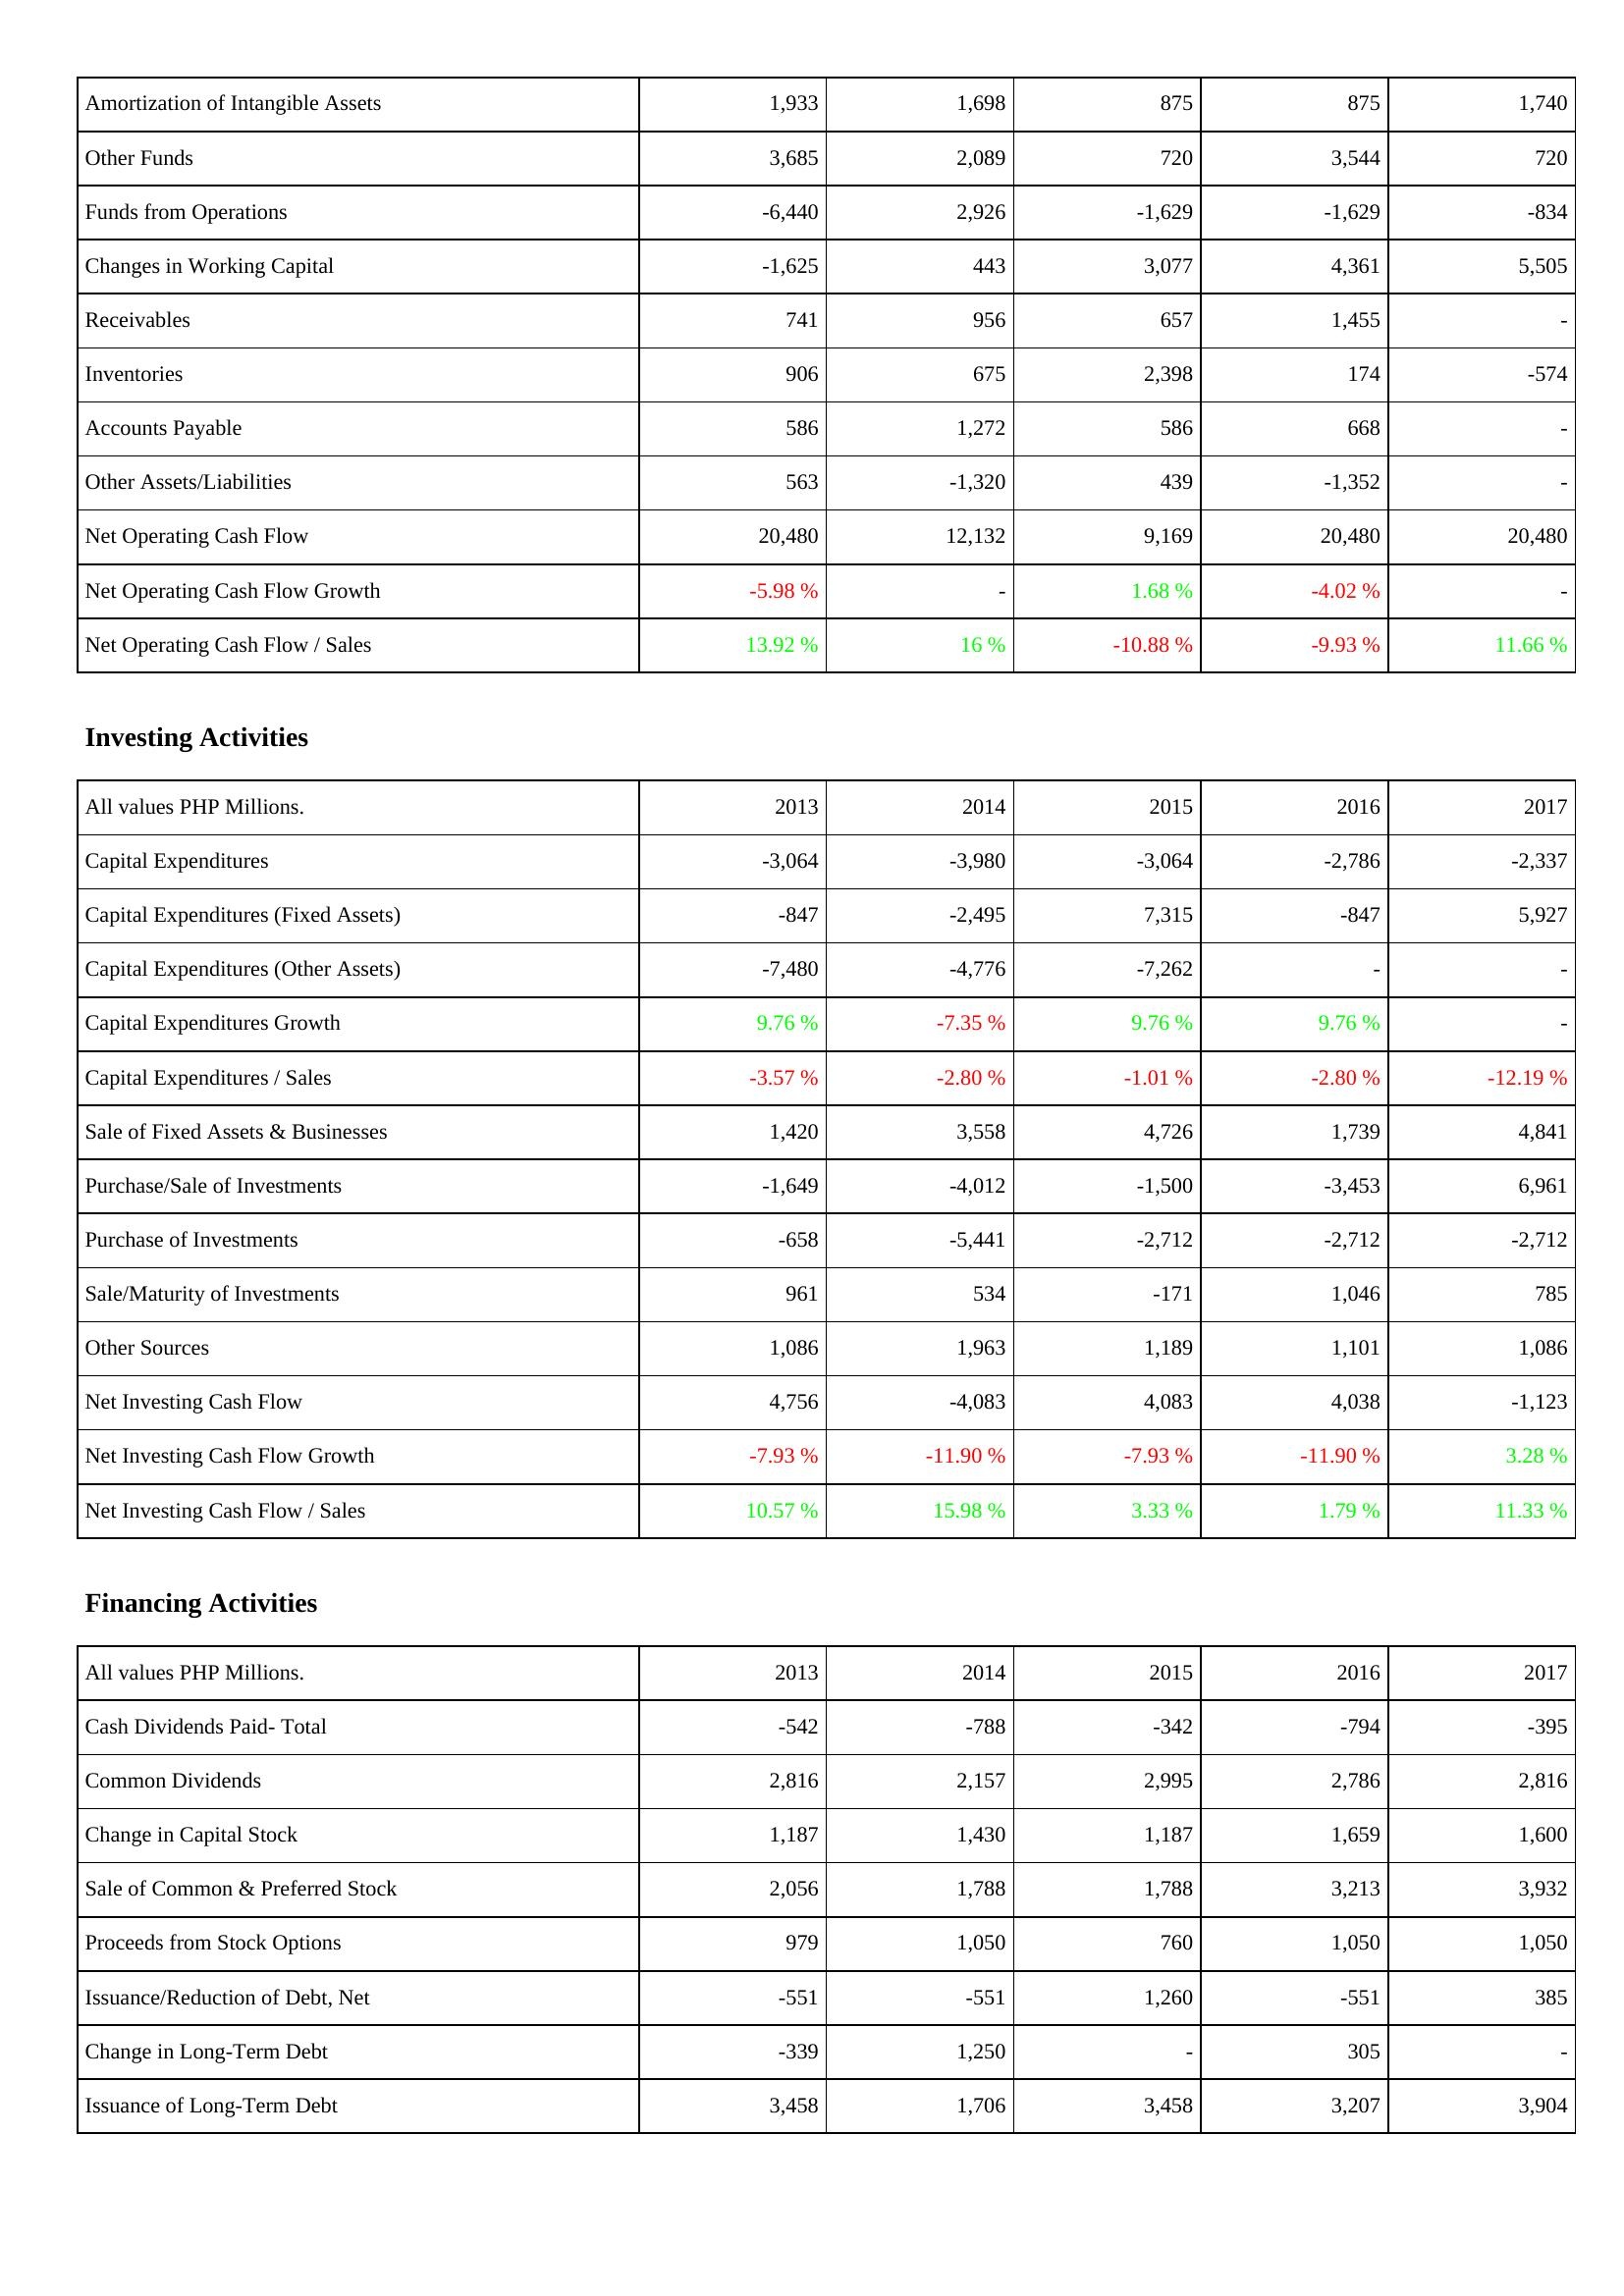
2013: Operating Activities: Amortization of Intangible Assets: 1,933
Other Funds: 3,685
Funds from Operations: -6,440
Changes in Working Capital: -1,625
Receivables: 741
Inventories: 906
Accounts Payable: 586
Other Assets/Liabilities: 563
Net Operating Cash Flow: 20,480
Net Operating Cash Flow Growth: -5.98 %
Net Operating Cash Flow / Sales: 13.92 %
Investing Activities: Capital Expenditures: -3,064
Capital Expenditures (Fixed Assets): -847
Capital Expenditures (Other Assets): -7,480
Capital Expenditures Growth: 9.76 %
Capital Expenditures / Sales: -3.57 %
Sale of Fixed Assets & Businesses: 1,420
Purchase/Sale of Investments: -1,649
Purchase of Investments: -658
Sale/Maturity of Investments: 961
Other Sources: 1,086
Net Investing Cash Flow: 4,756
Net Investing Cash Flow Growth: -7.93 %
Net Investing Cash Flow / Sales: 10.57 %
Financing Activities: Cash Dividends Paid- Total: -542
Common Dividends: 2,816
Change in Capital Stock: 1,187
Sale of Common & Preferred Stock: 2,056
Proceeds from Stock Options: 979
Issuance/Reduction of Debt, Net: -551
Change in Long-Term Debt: -339
Issuance of Long-Term Debt: 3,458
2014: Operating Activities: Amortization of Intangible Assets: 1,698
Other Funds: 2,089
Funds from Operations: 2,926
Changes in Working Capital: 443
Receivables: 956
Inventories: 675
Accounts Payable: 1,272
Other Assets/Liabilities: -1,320
Net Operating Cash Flow: 12,132
Net Operating Cash Flow Growth: -
Net Operating Cash Flow / Sales: 16 %
Investing Activities: Capital Expenditures: -3,980
Capital Expenditures (Fixed Assets): -2,495
Capital Expenditures (Other Assets): -4,776
Capital Expenditures Growth: -7.35 %
Capital Expenditures / Sales: -2.80 %
Sale of Fixed Assets & Businesses: 3,558
Purchase/Sale of Investments: -4,012
Purchase of Investments: -5,441
Sale/Maturity of Investments: 534
Other Sources: 1,963
Net Investing Cash Flow: -4,083
Net Investing Cash Flow Growth: -11.90 %
Net Investing Cash Flow / Sales: 15.98 %
Financing Activities: Cash Dividends Paid- Total: -788
Common Dividends: 2,157
Change in Capital Stock: 1,430
Sale of Common & Preferred Stock: 1,788
Proceeds from Stock Options: 1,050
Issuance/Reduction of Debt, Net: -551
Change in Long-Term Debt: 1,250
Issuance of Long-Term Debt: 1,706
2015: Operating Activities: Amortization of Intangible Assets: 875
Other Funds: 720
Funds from Operations: -1,629
Changes in Working Capital: 3,077
Receivables: 657
Inventories: 2,398
Accounts Payable: 586
Other Assets/Liabilities: 439
Net Operating Cash Flow: 9,169
Net Operating Cash Flow Growth: 1.68 %
Net Operating Cash Flow / Sales: -10.88 %
Investing Activities: Capital Expenditures: -3,064
Capital Expenditures (Fixed Assets): 7,315
Capital Expenditures (Other Assets): -7,262
Capital Expenditures Growth: 9.76 %
Capital Expenditures / Sales: -1.01 %
Sale of Fixed Assets & Businesses: 4,726
Purchase/Sale of Investments: -1,500
Purchase of Investments: -2,712
Sale/Maturity of Investments: -171
Other Sources: 1,189
Net Investing Cash Flow: 4,083
Net Investing Cash Flow Growth: -7.93 %
Net Investing Cash Flow / Sales: 3.33 %
Financing Activities: Cash Dividends Paid- Total: -342
Common Dividends: 2,995
Change in Capital Stock: 1,187
Sale of Common & Preferred Stock: 1,788
Proceeds from Stock Options: 760
Issuance/Reduction of Debt, Net: 1,260
Change in Long-Term Debt: -
Issuance of Long-Term Debt: 3,458
2016: Operating Activities: Amortization of Intangible Assets: 875
Other Funds: 3,544
Funds from Operations: -1,629
Changes in Working Capital: 4,361
Receivables: 1,455
Inventories: 174
Accounts Payable: 668
Other Assets/Liabilities: -1,352
Net Operating Cash Flow: 20,480
Net Operating Cash Flow Growth: -4.02 %
Net Operating Cash Flow / Sales: -9.93 %
Investing Activities: Capital Expenditures: -2,786
Capital Expenditures (Fixed Assets): -847
Capital Expenditures (Other Assets): -
Capital Expenditures Growth: 9.76 %
Capital Expenditures / Sales: -2.80 %
Sale of Fixed Assets & Businesses: 1,739
Purchase/Sale of Investments: -3,453
Purchase of Investments: -2,712
Sale/Maturity of Investments: 1,046
Other Sources: 1,101
Net Investing Cash Flow: 4,038
Net Investing Cash Flow Growth: -11.90 %
Net Investing Cash Flow / Sales: 1.79 %
Financing Activities: Cash Dividends Paid- Total: -794
Common Dividends: 2,786
Change in Capital Stock: 1,659
Sale of Common & Preferred Stock: 3,213
Proceeds from Stock Options: 1,050
Issuance/Reduction of Debt, Net: -551
Change in Long-Term Debt: 305
Issuance of Long-Term Debt: 3,207
2017: Operating Activities: Amortization of Intangible Assets: 1,740
Other Funds: 720
Funds from Operations: -834
Changes in Working Capital: 5,505
Receivables: -
Inventories: -574
Accounts Payable: -
Other Assets/Liabilities: -
Net Operating Cash Flow: 20,480
Net Operating Cash Flow Growth: -
Net Operating Cash Flow / Sales: 11.66 %
Investing Activities: Capital Expenditures: -2,337
Capital Expenditures (Fixed Assets): 5,927
Capital Expenditures (Other Assets): -
Capital Expenditures Growth: -
Capital Expenditures / Sales: -12.19 %
Sale of Fixed Assets & Businesses: 4,841
Purchase/Sale of Investments: 6,961
Purchase of Investments: -2,712
Sale/Maturity of Investments: 785
Other Sources: 1,086
Net Investing Cash Flow: -1,123
Net Investing Cash Flow Growth: 3.28 %
Net Investing Cash Flow / Sales: 11.33 %
Financing Activities: Cash Dividends Paid- Total: -395
Common Dividends: 2,816
Change in Capital Stock: 1,600
Sale of Common & Preferred Stock: 3,932
Proceeds from Stock Options: 1,050
Issuance/Reduction of Debt, Net: 385
Change in Long-Term Debt: -
Issuance of Long-Term Debt: 3,904